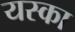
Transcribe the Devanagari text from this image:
यस्का